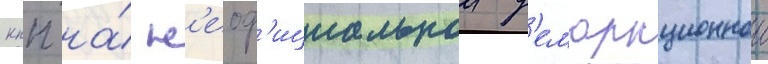
кпп на́ н'еоф'ициальнои д'емаркационнои